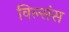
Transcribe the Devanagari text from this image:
विल्संस